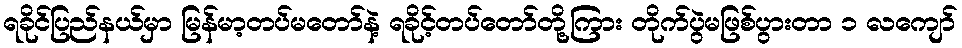
ရခိုင်ပြည်နယ်မှာ မြန်မာ့တပ်မတော်နဲ့ ရခိုင့်တပ်တော်တို့ကြား တိုက်ပွဲမဖြစ်ပွားတာ ၁ လကျော်